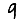
Digit: 9